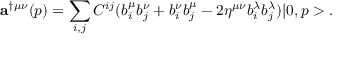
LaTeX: { \bf a } ^ { \dag \mu \nu } ( p ) = \sum _ { i , j } C ^ { i j } ( b _ { i } ^ { \mu } b _ { j } ^ { \nu } + b _ { i } ^ { \nu } b _ { j } ^ { \mu } - 2 \eta ^ { \mu \nu } b _ { i } ^ { \lambda } b _ { j } ^ { \lambda } ) | 0 , p > .